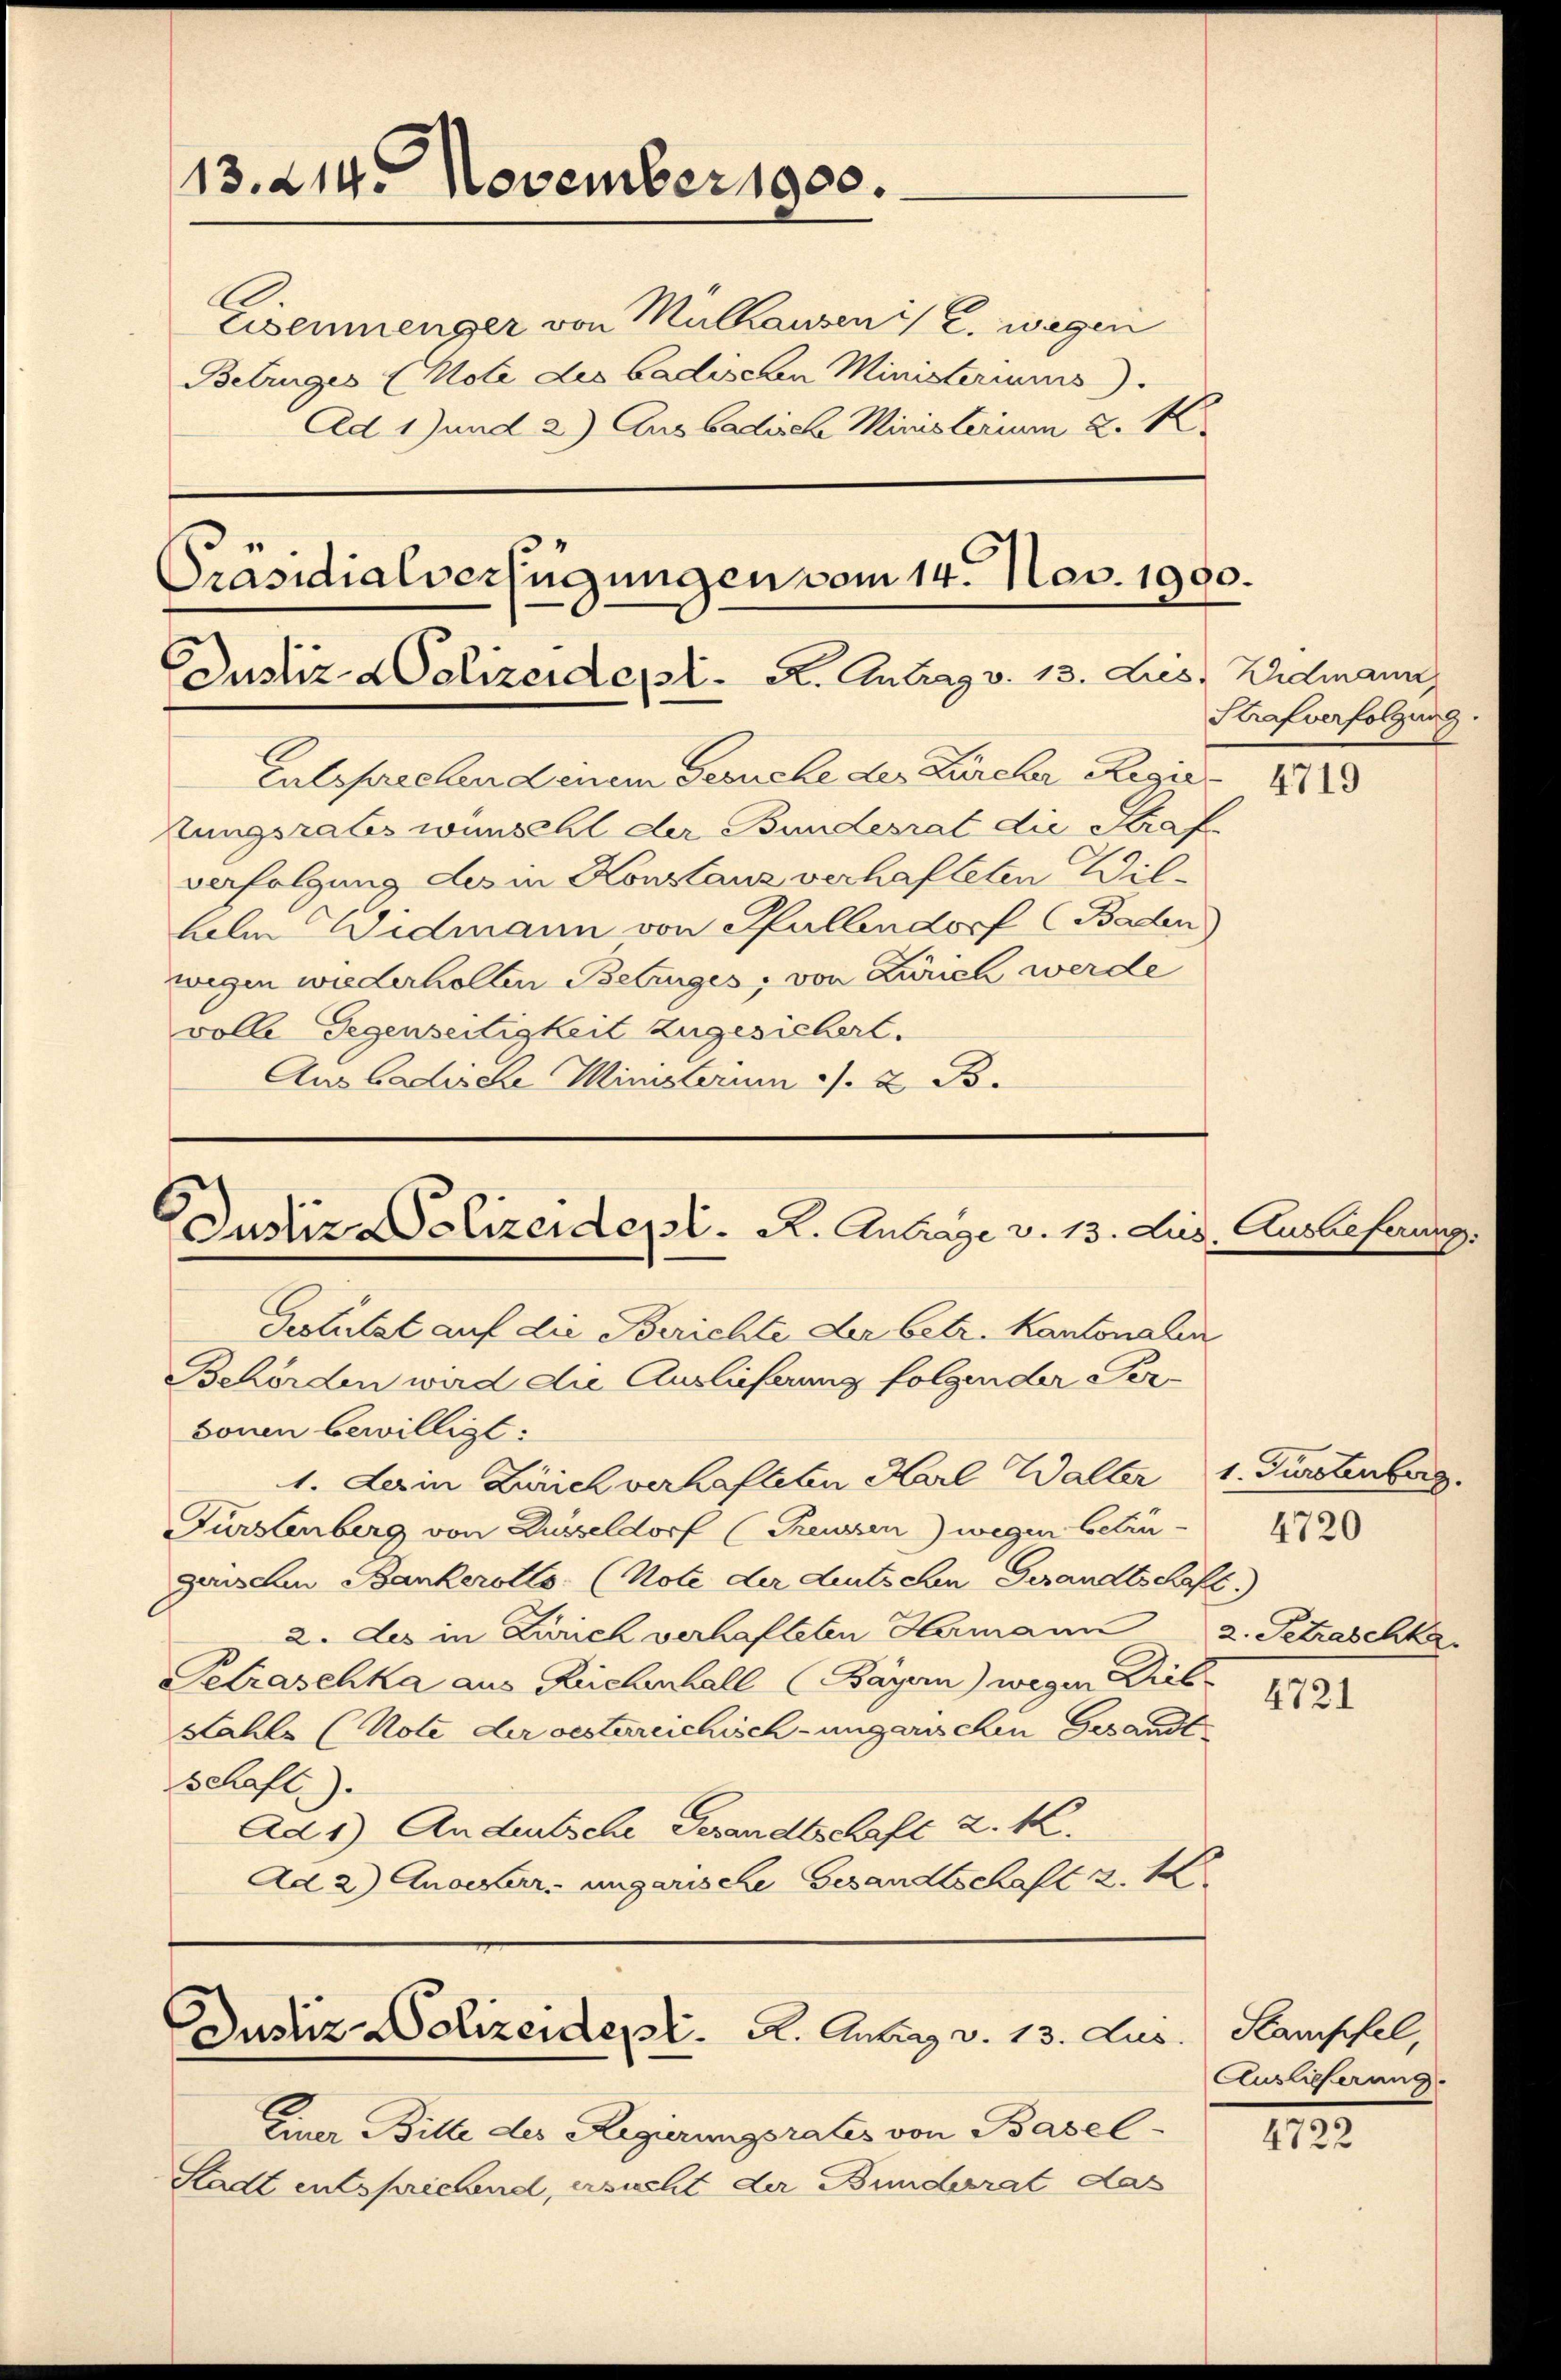
13. 214. November 1900.

Gestützt auf die Berichte der betr. Kantonalen
Behörden wird die Auslieferung folgender Perbonen bewilligt:
1. Dein Zürich verhafteten Karl Waller 1. Fürstenberg
Fürstenberg von Düsseldorf (Preussen) wegen betrü-
gaschen Bankerotto (Note der deutschen Gesandtschaft
2. Les in Zürich verhafteten Hermann 2. Petraschka
Seraschka aus Reichenhall (Bayern) wegen Bil
Kahls (Note der oestereichisch-ungarischen Gesandtschaft).
Ad 1) Andeutsche Gesandtschaft d. K.
Ad 2) Anocker, ungarische Gesandtschaft 2. 1

Eisenmenger von Mülhausen :/ 2. wegen
Betruges (Mote des badischen Ministeriums
Ad 1) und 2) Aus badisch Ministerium d. M.
Entsprechen denem Gesuche des Zürcher Regie 1849
tungsrates wünschl der Bundesrat die Straf
verfolgung des in Konstanz verhafteten Wilhelm Widmann von Hallendorf (Baden,
wegen wiederholten Betruges, von Zürich werde
volle Gegenseitigkeit zugesichert.
Aus Gadische Ministerium 1. 2. B.

Präsidialverfügungen vom 14. Nov. 1990.
Custiz- & Polizeidet. A. Antrag v. 13. Les Ehemann

Justiz-Polizeidept. R. Antrage v. 13. Jus. Ausbeferu

Justiz-Polizeident. A. Antrag v. 13. Jus

Einer Bitte des Regierungsrates von Basel¬
Stadt entsprichend, ersucht der Bunderat das

Strafverfolgung

4720

4721

4722

Stampfel,
Auslieferung